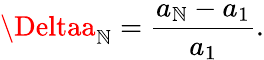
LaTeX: \Deltaa_{\mathbb{N}}=\frac{{a_{\mathbb{N}}-a_{1}}}{{a_{1}}}.